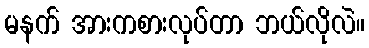
မနက် အားကစားလုပ်တာ ဘယ်လိုလဲ။